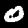
Label: 0